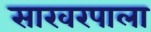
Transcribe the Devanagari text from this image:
साखरपाला